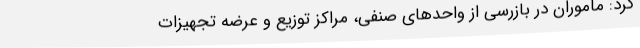
کرد: ماموران در بازرسی از واحدهای صنفی، مراکز توزیع و عرضه تجهیزات